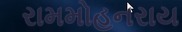
રામમોહનરાય